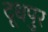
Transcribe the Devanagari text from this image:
दूधपुर